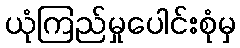
ယုံကြည်မှုပေါင်းစုံမှ